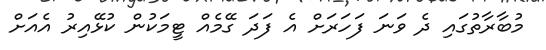
މުބާރާތުގައި ދެ ވަނަ ފަހަރަށް އެ ފަދަ ގޭމެއް ޓީމަކުން ކުޅޭއިރު އެއަށް